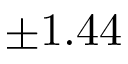
\pm 1 . 4 4